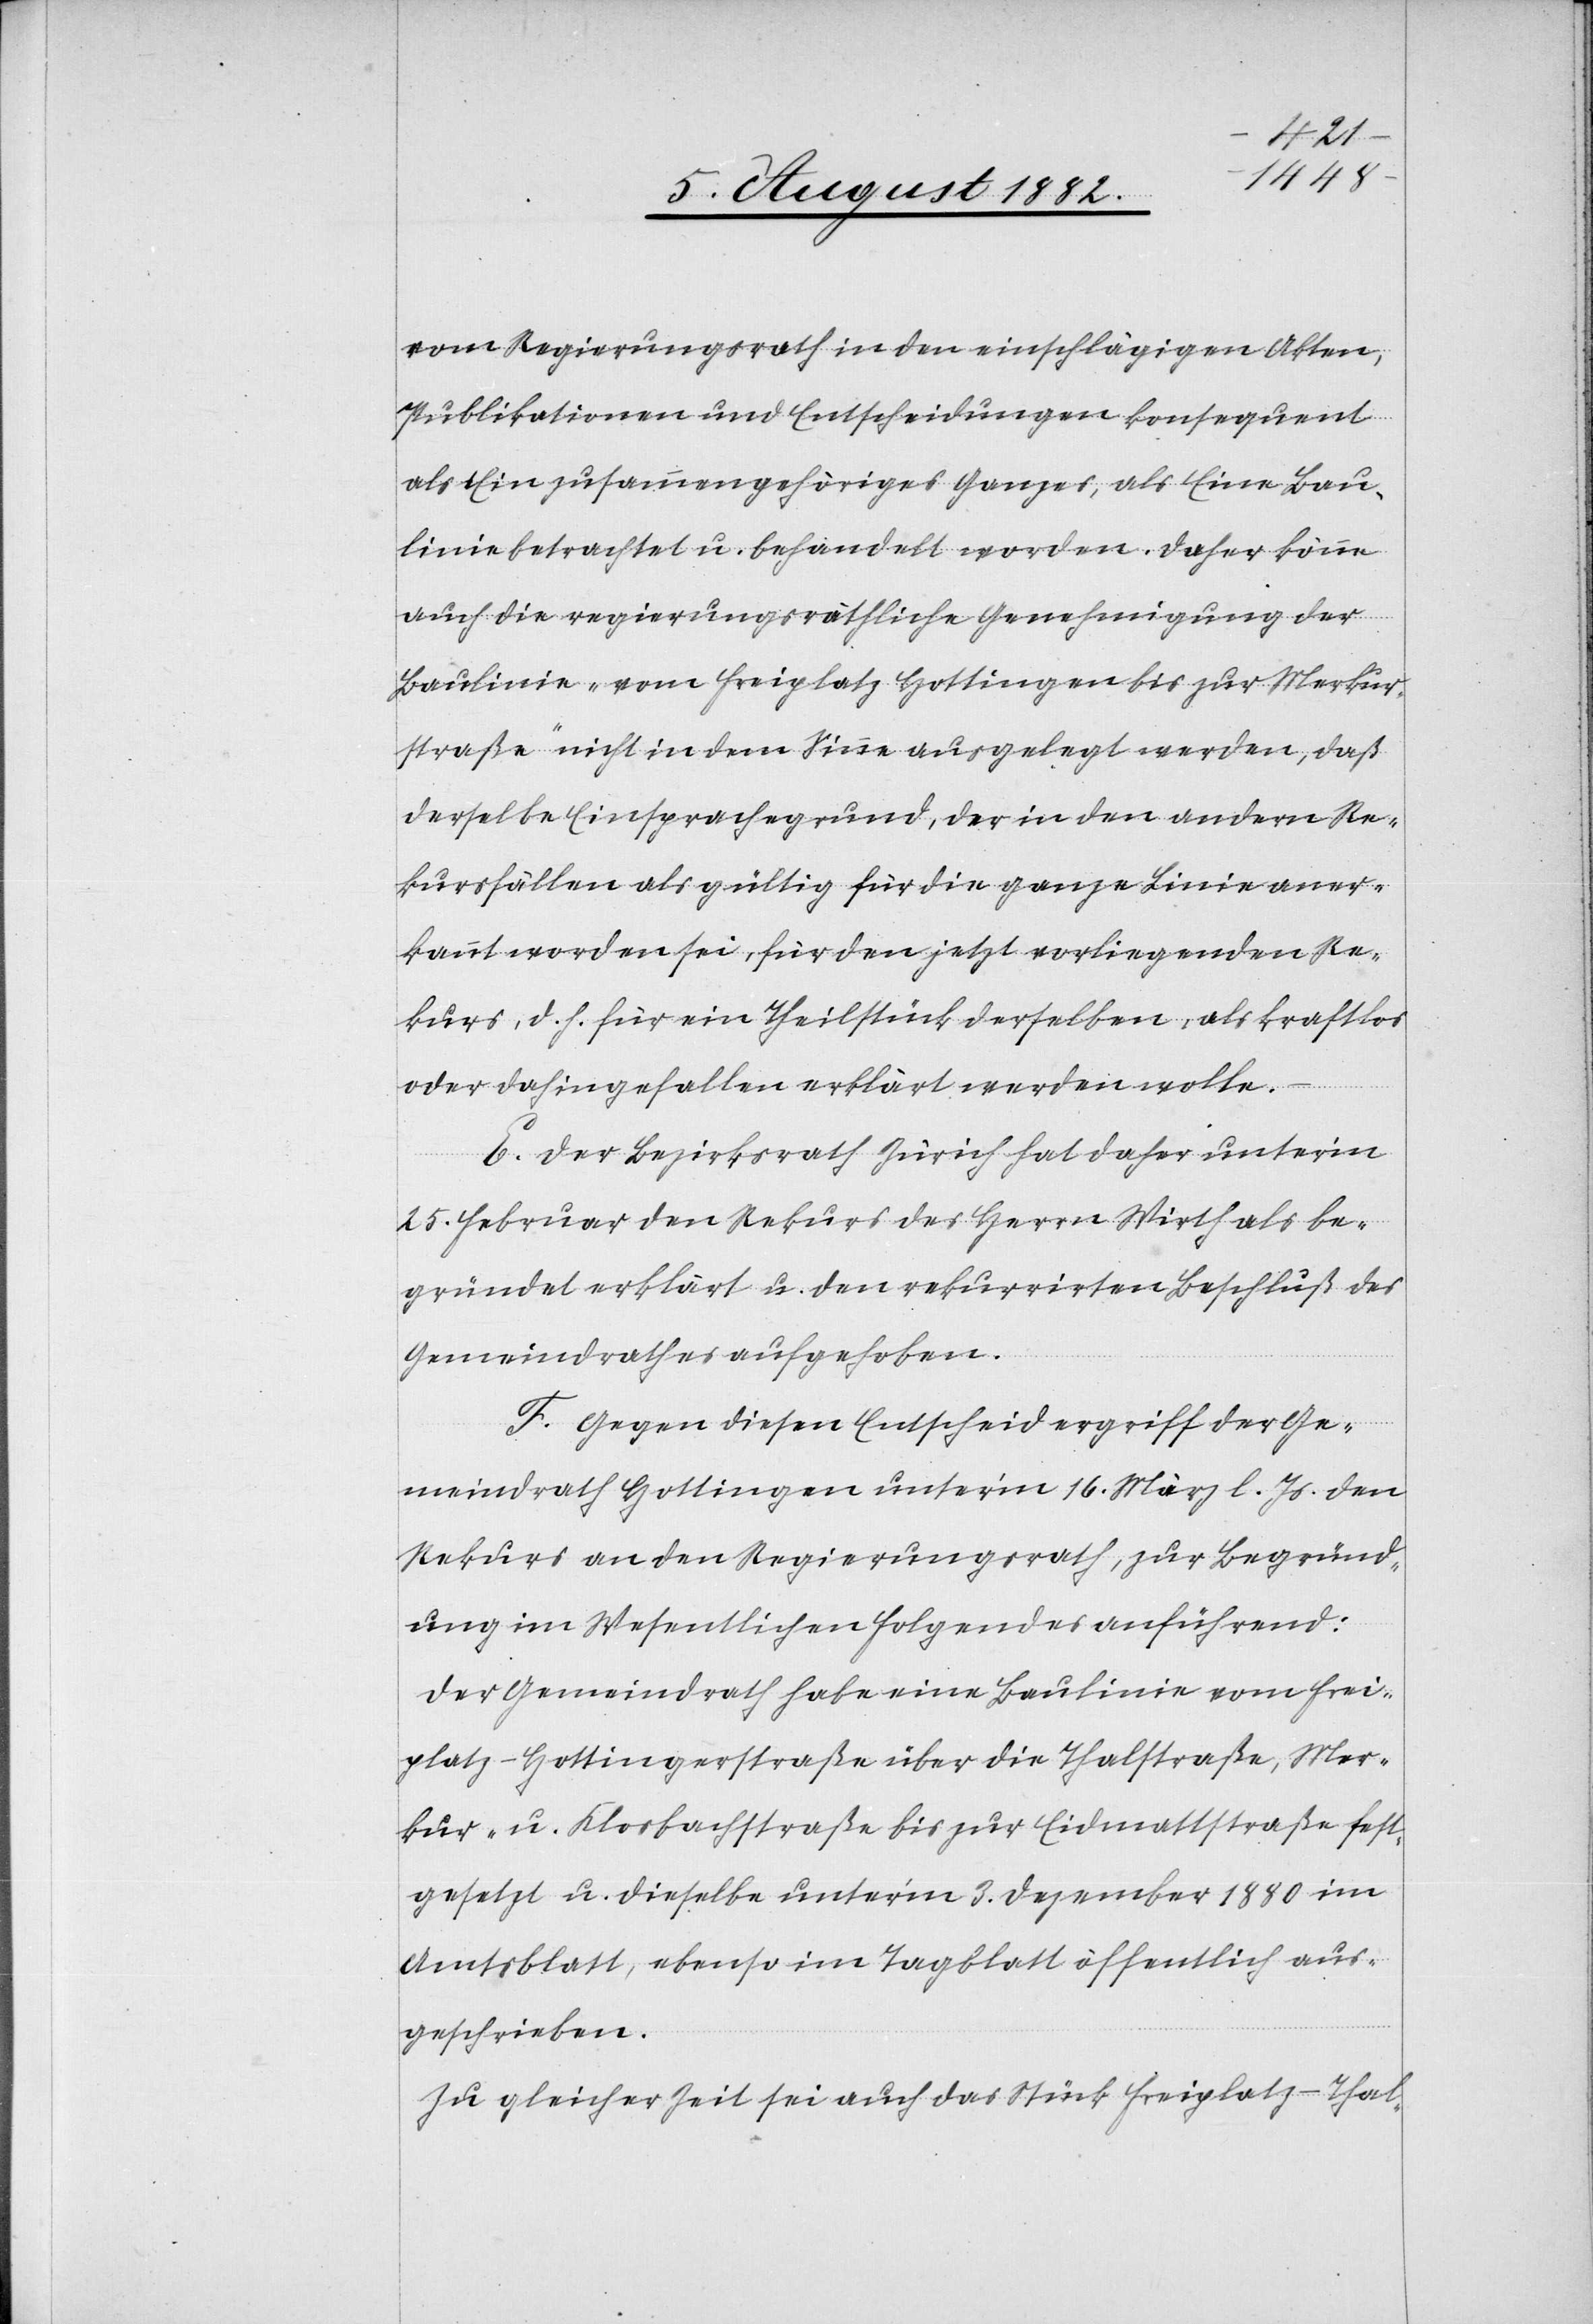
vom Regierungsrath in den einschlägigen Akten-P¬
ublikationen und Entscheidungen konsequent
als Ein zusammengehöriges Ganzes, als Eine Bau¬
linie betrachtet u. behandelt worden. Daher könne
auch die regierungsräthliche Genehmigung der
Baulinie „vom Freiplatz Hottingen bis zur Merkur¬
straße“ nicht in dem Sinne ausgelegt werden, daß
derselbe Einsprachegrund, der in den andern Re¬
kursfällen als gültig für die ganze Linie aner¬
kannt worden sei, für den jetzt vorliegenden Re¬
kurs, d. h. für ein Theilstück derselben, als kraftlos
oder dahingefallen erklärt werden wolle.
E. Der Bezirksrath Zürich hat daher unter’m
25. Februar den Rekurs des Herrn Wirth als be¬
gründet erklärt u. den rekurrirten Beschluß des
Gemeindrathes aufgehoben.
F. Gegen diesen Entscheid ergriff der Ge¬
meindrath Hottingen unter’m16. März l. Js. den
Rekurs an den Regierungsrath, zur Begründ¬
ung im Wesentlichen Folgendes anführend:
Der Gemeindrath habe eine Baulinie vom Frei¬
platz - Hottingerstraße über die Thalstraße, Mer¬
kur- u. Klosbachstraße bis zur Eidmassstraße fest¬
gesetzt u. dieselbe unter’m 3. Dezember 1880 im
Amtsblatt, ebenso im Tagblatt öffentlich aus¬
geschrieben.
Zu gleicher Zeit sei auch das Stück Freiplatz–Thal-